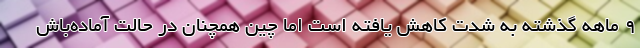
9 ماهه گذشته به شدت کاهش یافته است اما چین همچنان در حالت آماده‌باش